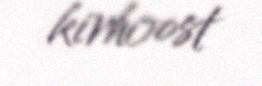
kirhoost